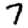
Digit: 7